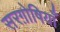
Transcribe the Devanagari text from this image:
सरग़ोषियाँ